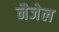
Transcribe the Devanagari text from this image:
नैजेल